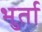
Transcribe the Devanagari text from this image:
भुर्ता